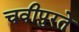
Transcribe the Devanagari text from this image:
चवीपुरते